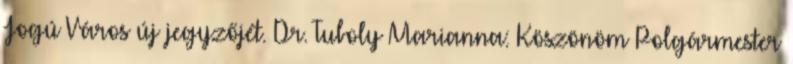
Jogú Város új jegyzőjét. Dr. Tuboly Marianna: Köszönöm Polgármester